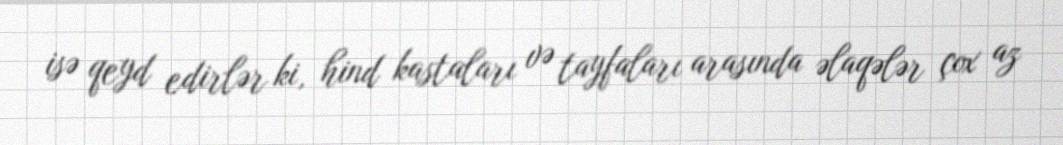
isə qeyd edirlər ki, hind kastaları və tayfaları arasında əlaqələr çox az